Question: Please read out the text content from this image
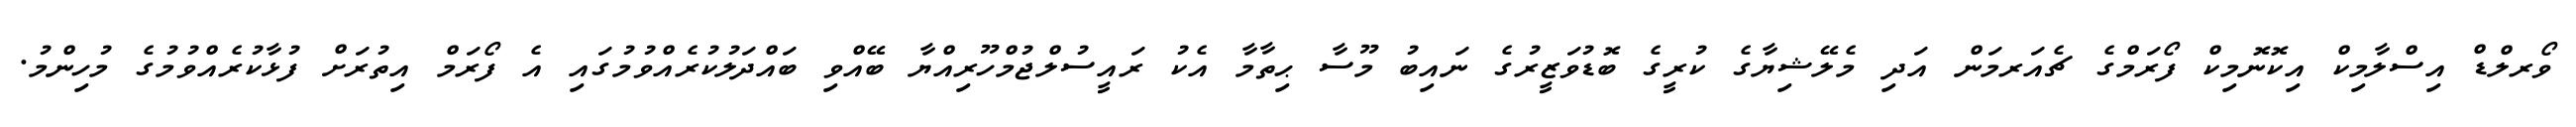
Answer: ވޯރލްޑް އިސްލާމިކް އިކޮނޮމިކް ފޯރަމްގެ ޗެއަރމަން އަދި މެލޭޝިޔާގެ ކުރީގެ ބޮޑުވަޒީރުގެ ނައިބު މޫސާ ޙިތާމާ އެކު ރައީސުލްޖުމްހޫރިއްޔާ ބޭއްވި ބައްދަލުކުރެއްވުމުގައި އެ ފޯރަމް އިތުރަށް ފުޅާކުރެއްވުމުގެ މުހިންމު.